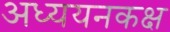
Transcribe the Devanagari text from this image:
अध्ययनकक्ष